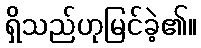
ရှိသည်ဟုမြင်ခဲ့၏။